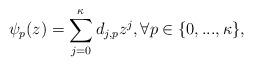
LaTeX: \begin{align*}\psi_p(z)=\sum_{j=0}^\kappa d_{j,p}z^j,\forall p\in\{0,...,\kappa\},\end{align*}